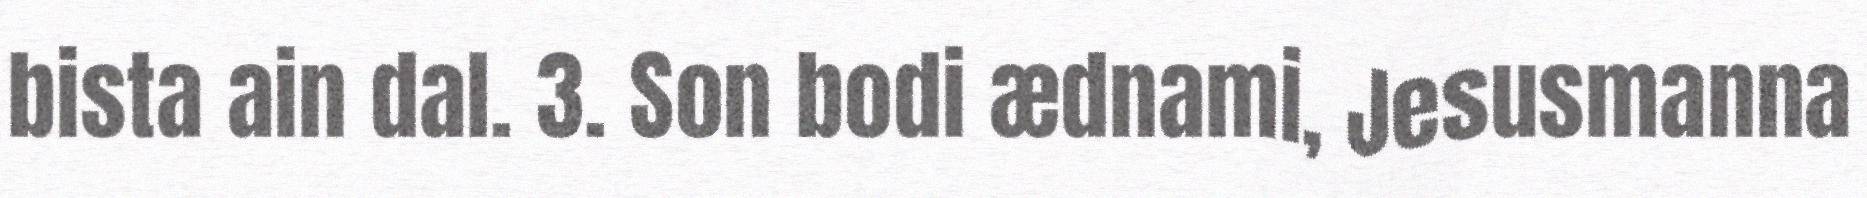
bista ain dal. 3. Son bodi ædnami, Jesusmanna